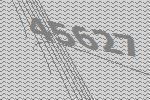
45627